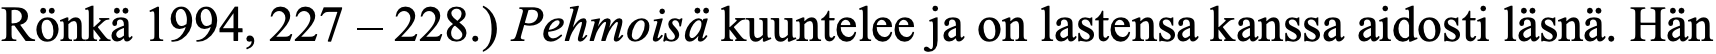
Rönkä 1994, 227 – 228.) Pehmoisä kuuntelee ja on lastensa kanssa aidosti läsnä. Hän